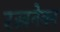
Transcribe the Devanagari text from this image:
रखनेका